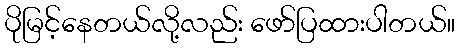
ပိုမြင့်နေတယ်လို့လည်း ဖော်ပြထားပါတယ်။